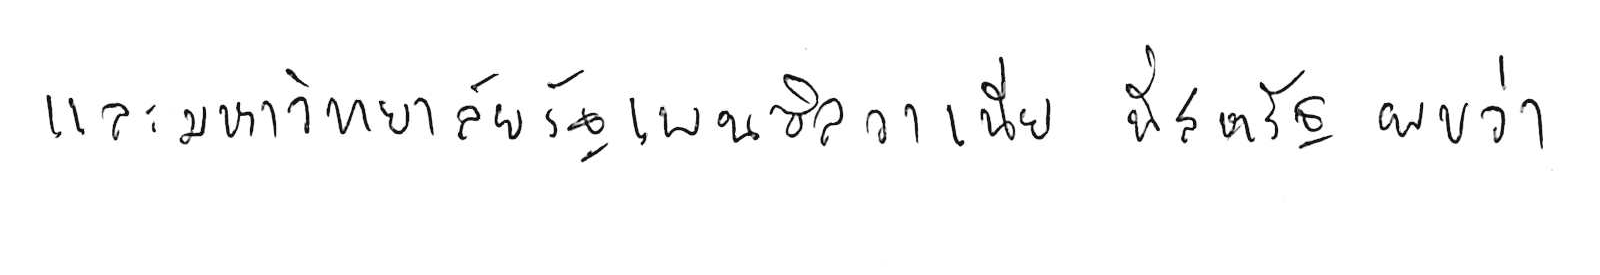
และมหาวิทยาลัยรัฐเพนซิลวาเนีย ที่สหรัฐ พบว่า